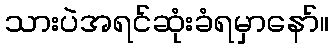
သားပဲအရင်ဆုံးခံရမှာနော်။